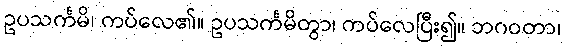
ဥပသင်္ကမိ၊ ကပ်လေ၏။ ဥပသင်္ကမိတွာ၊ ကပ်လေပြီး၍။ ဘဂဝတာ၊